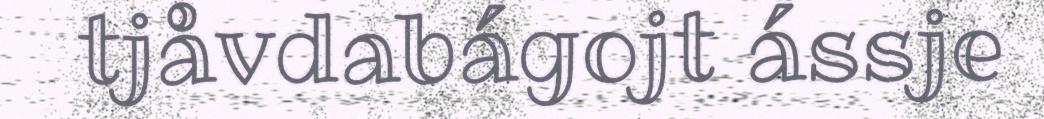
tjåvdabágojt ássje